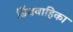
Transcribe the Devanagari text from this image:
डिंबवाहिका